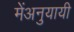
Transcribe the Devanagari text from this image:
मेंअनुयायी